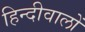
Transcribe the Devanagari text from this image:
हिन्दीवालों